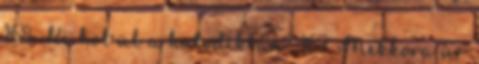
168. Ki hol ül a hatodikban? 167. Mekkora úr